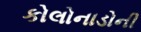
કોલોનાડોની